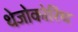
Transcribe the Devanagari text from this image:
थेजोकोरिंथ